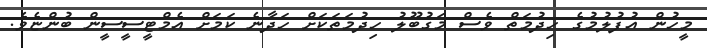
މީހުން އުފުލުމުގެ ހިދުމަތް ވެސް މަގުބޫލު ހިދުމަތަކަށް ހަދާނެ ކަމަށް އެމްޓީސީސީން ބުންޏެވެ.